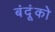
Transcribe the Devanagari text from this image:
बंदूंको